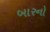
બારનો